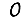
Digit: 0